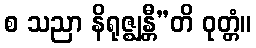
စ သညာ နိရုဇ္ဈန္တီ”တိ ဝုတ္တံ။